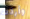
وأردت